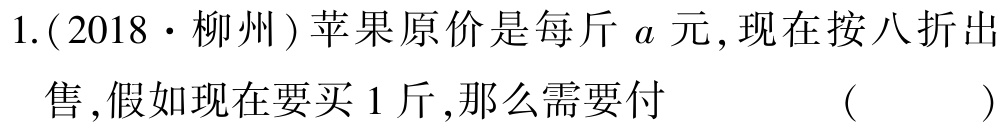
1.(2018·柳州)苹果原价是每斤\(a\)元,现在按八折出售,假如现在要买1斤,那么需要付  ( )